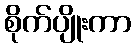
စိုက်ပျိုးကာ